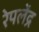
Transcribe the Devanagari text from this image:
रेपलेंद्र